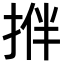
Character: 𢭬